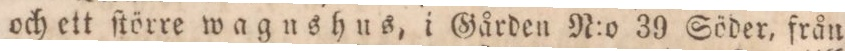
och ett ſtörre wagnshus, i Gården N:o 39 Söder, från